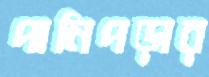
পানিপড়ার